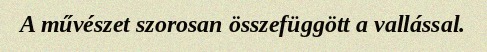
A művészet szorosan összefüggött a vallással.